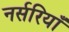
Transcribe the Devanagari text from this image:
नर्सरियाँ